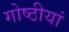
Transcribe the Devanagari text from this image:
गोष्ठीयां